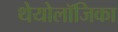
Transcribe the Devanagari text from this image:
थेयोलॉजिका